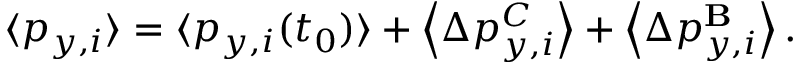
\langle p _ { y , i } \rangle = \langle p _ { y , i } ( t _ { 0 } ) \rangle + \left\langle \Delta p _ { y , i } ^ { C } \right\rangle + \left\langle \Delta p _ { y , i } ^ { \mathbf { B } } \right\rangle .